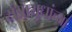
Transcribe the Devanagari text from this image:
यंत्रायुधांच्या